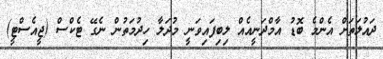
ދައުލަތަށް އެންމެ ބޮޑު އާމްދަނީއެއް ލިބިފައިވަނީ މުދަލާ ހިދުމަތުން ނެގޭ ޓެކްސް (ޖީއެސްޓީ)